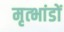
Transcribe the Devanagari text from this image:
मृत्भांडों